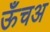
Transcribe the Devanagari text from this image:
ऊँचअ